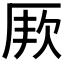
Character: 𭆇